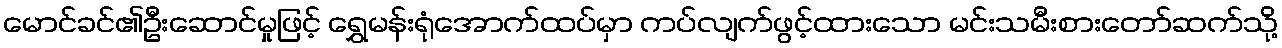
မောင်ခင်၏ဦးဆောင်မှုဖြင့် ရွှေမန်းရုံအောက်ထပ်မှာ ကပ်လျက်ဖွင့်ထားသော မင်းသမီးစားတော်ဆက်သို့